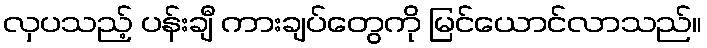
လှပသည့် ပန်းချီ ကားချပ်တွေကို မြင်ယောင်လာသည်။